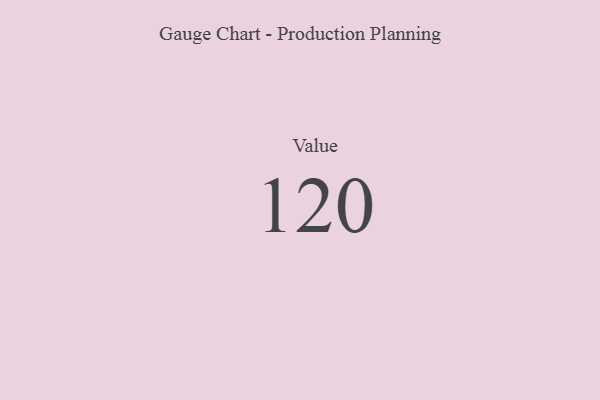
{"axis": {"x": "Metric", "y": "Value"}, "legend": [""], "data": [{"x": "Value", "y": 120, "type": ""}]}